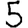
Digit: 5